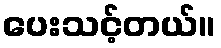
ပေးသင့်တယ်။